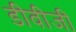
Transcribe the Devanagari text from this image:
डीवीजी